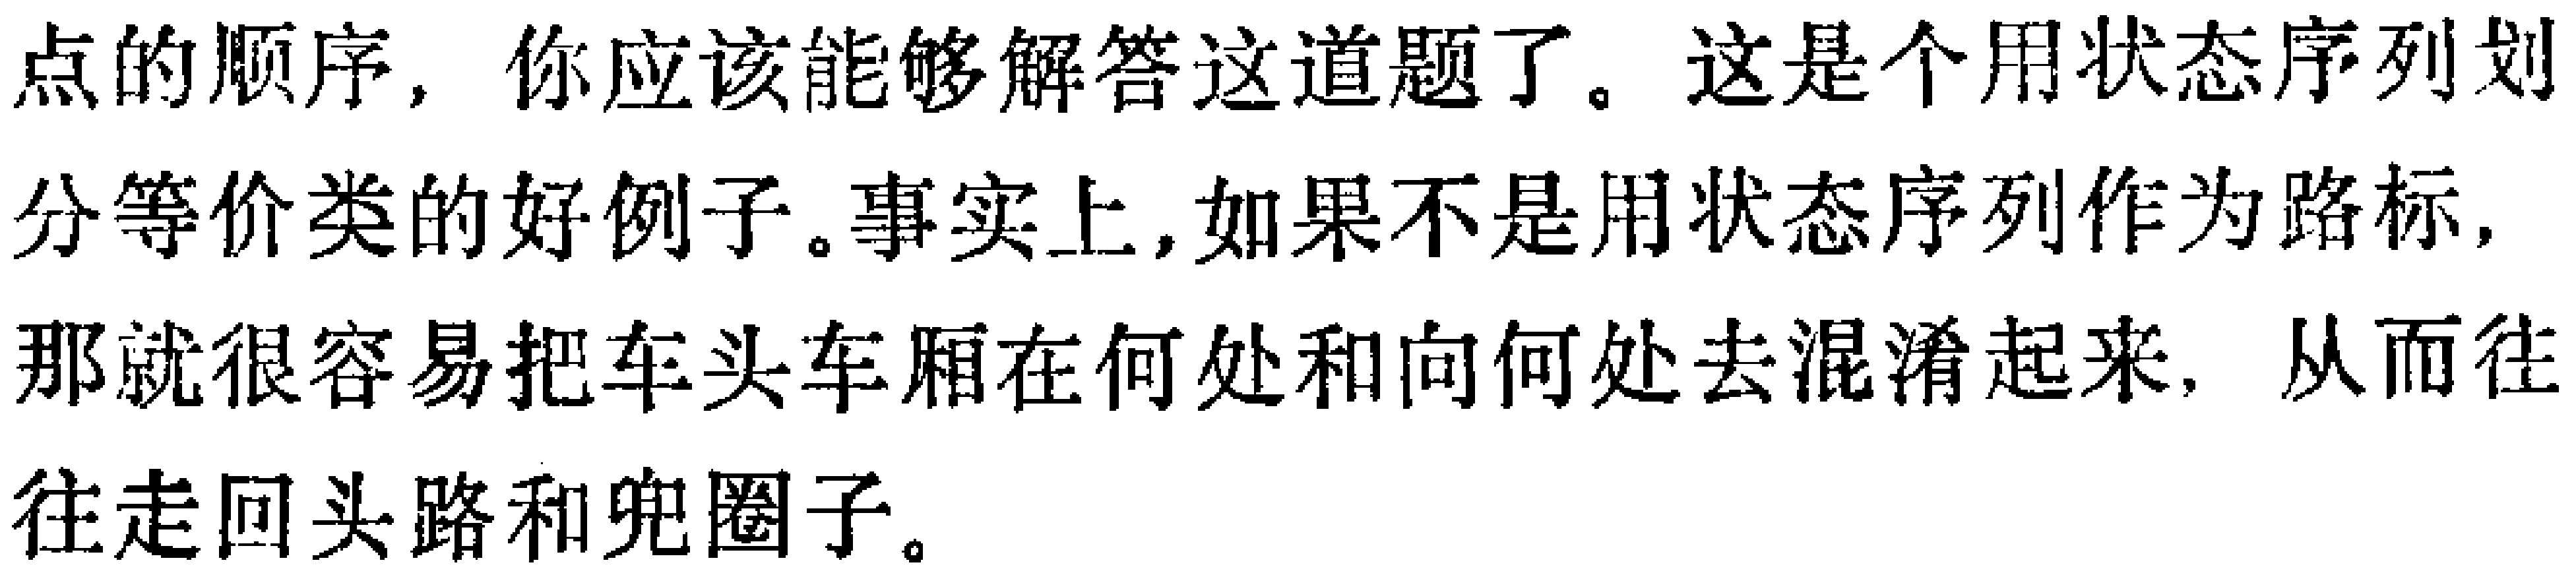
点的顺序，你应该能够解答这道题了。这是个用状态序列划分等价类的好例子。事实上，如果不是用状态序列作为路标，那就很容易把车头车厢在何处和向何处去混淆起来，从而往往走回头路和兜圈子。